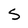
Character: S